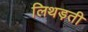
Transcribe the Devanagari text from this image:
लिथड़ती